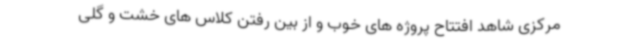
مرکزی شاهد افتتاح پروژه های خوب و از بین رفتن کلاس های خشت و گلی